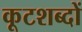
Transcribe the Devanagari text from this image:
कूटशब्दों